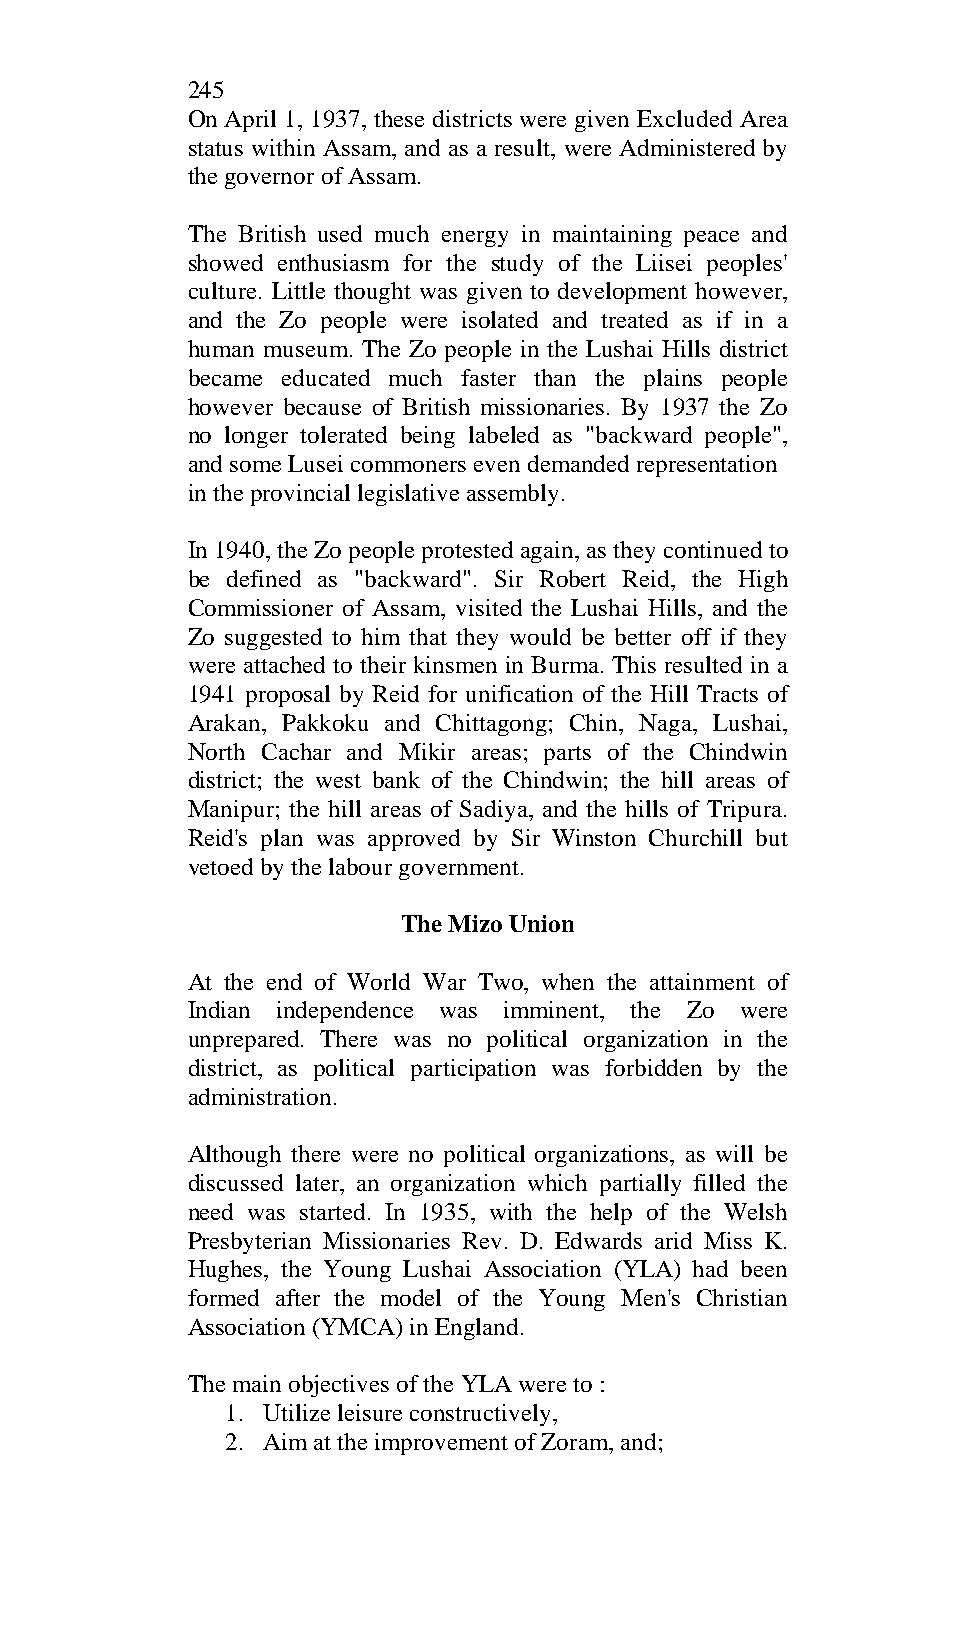
245
 On April 1, 1937, these districts were given Excluded Area
 status within Assam, and as a result, were Administered by
 the governor of Assam.
 The British used much energy in maintaining peace and
 showed enthusiasm for the study of the Liisei peoples'
 culture. Little thought was given to development however,
 and the Zo people were isolated and treated as if in a
 human museum. The Zo people in the Lushai Hills district
 became educated much faster than the plains people
 however because of British missionaries. By 1937 the Zo
 no longer tolerated being labeled as "backward people",
 and some Lusei commoners even demanded representation
 in the provincial legislative assembly.
 In 1940, the Zo people protested again, as they continued to
 be defined as "backward". Sir Robert Reid, the High
 Commissioner of Assam, visited the Lushai Hills, and the
 Zo suggested to him that they would be better off if they
 were attached to their kinsmen in Burma. This resulted in a
 1941 proposal by Reid for unification of the Hill Tracts of
 Arakan, Pakkoku and Chittagong; Chin, Naga, Lushai,
 North Cachar and Mikir areas; parts of the Chindwin
 district; the west bank of the Chindwin; the hill areas of
 Manipur; the hill areas of Sadiya, and the hills of Tripura.
 Reid's plan was approved by Sir Winston Churchill but
 vetoed by the labour government.
 The Mizo Union
 At the end of World War Two, when the attainment of
 Indian independence was imminent, the Zo were
 unprepared. There was no political organization in the
 district, as political participation was forbidden by the
 administration.
 Although there were no political organizations, as will be
 discussed later, an organization which partially filled the
 need was started. In 1935, with the help of the Welsh
 Presbyterian Missionaries Rev. D. Edwards arid Miss K.
 Hughes, the Young Lushai Association (YLA) had been
 formed after the model of the Young Men's Christian
 Association (YMCA) in England.
 The main objectives of the YLA were to :
 1. Utilize leisure constructively,
 2. Aim at the improvement of Zoram, and;